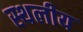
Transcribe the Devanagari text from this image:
स्‍थलीय